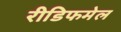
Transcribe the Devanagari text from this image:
रीडिफमेल